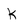
Character: k